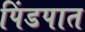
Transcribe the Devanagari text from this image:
पिंडपात